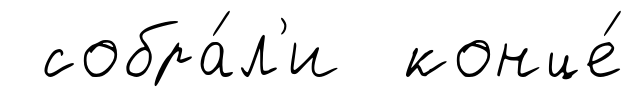
собра́л'и конце́